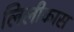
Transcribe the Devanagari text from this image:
लिलीकास